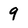
Character: 9